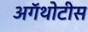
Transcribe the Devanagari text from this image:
अगॅथोटीस